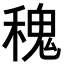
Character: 𥡂